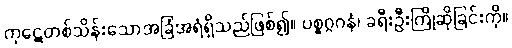
ကုဋေတစ်သိန်းသောအခြံအရံရှိသည်ဖြစ်၍။ ပစ္စဂ္ဂဂနံ၊ ခရီးဦးကြိုဆိုခြင်းကို။